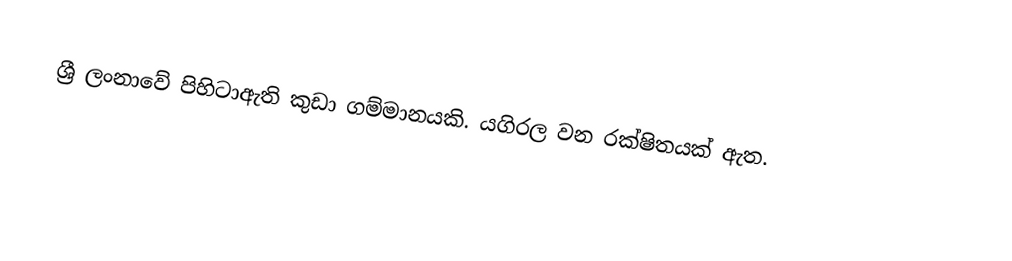
ශ්‍රී ලංනාවේ පිහිටාඇති කුඩා ගම්මානයකි. යගිරල වන රක්ෂිතයක් ඇත.